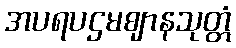
အပရပဌမဈာနသုတ္တံ